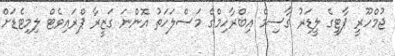
ޖުމްހޫރީ ޕާޓީގެ ލީޑަރު ގާސިމް އިބްރާހިމްގެ މަސްލަހަތު އޮންނަ ގަޒީރާ ޕްރައިވެޓް ލިމިޓެޑަށް